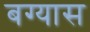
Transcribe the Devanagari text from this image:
बग्यास